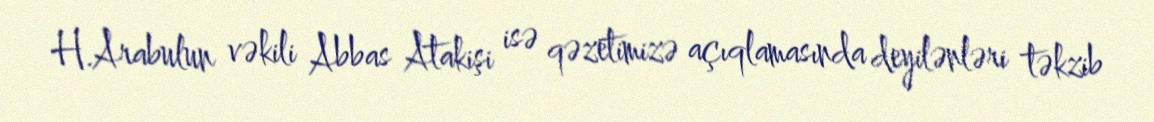
H.Arabulun vəkili Abbas Atakişi isə qəzetimizə açıqlamasında deyilənləri təkzib